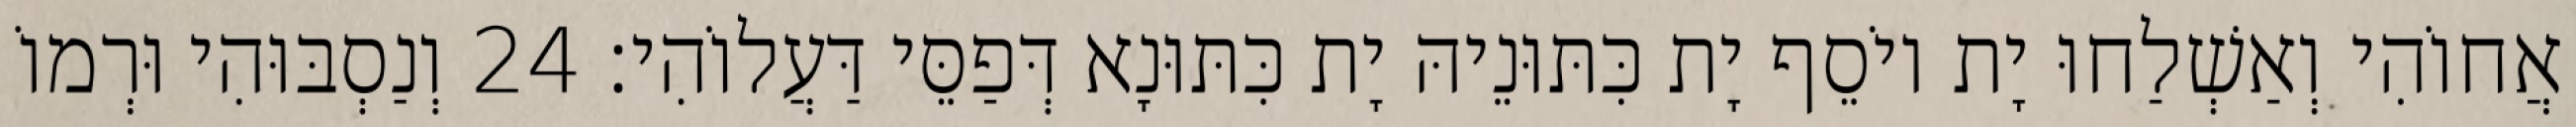
אֲחוֹהִי וְאַשְׁלַחוּ יָת יוֹסֵף יָת כִּתּוּנֵיהּ יָת כִּתּוּנָא דְּפַסֵּי דַּעֲלוֹהִי׃ 24 וְנַסְבּוּהִי וּרְמוֹ